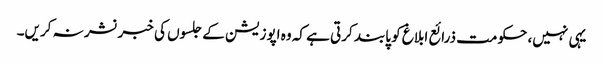
یہی نہیں، حکومت ذرائع ابلاغ کو پابند کرتی ہے کہ وہ اپوزیشن کے جلسوں کی خبر نشر نہ کریں۔